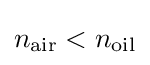
n_{\rm {air}}<n_{\rm {oil}}